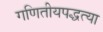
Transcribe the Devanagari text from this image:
गणितीयपद्धत्या